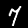
Label: 7